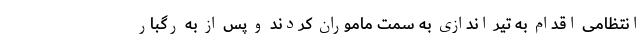
انتظامی اقدام به تیر اندازی به سمت ماموران کردند و پس از به رگبار